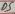
Text: D5